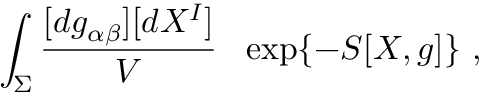
\int _ { \Sigma } \frac { [ d g _ { \alpha \beta } ] [ d X ^ { I } ] } { V } \ \ \exp \{ - S [ X , g ] \} \ ,